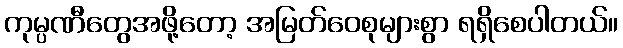
ကုမ္ပဏီတွေအဖို့တော့ အမြတ်ဝေစုများစွာ ရရှိစေပါတယ်။